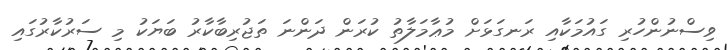
ވިސްނުންހުރި ގައުމަކާއި ރަނގަޅަށް މުޢާމަލާތު ކުރަން ދަންނަ ތަޖުރިބާކާރު ބަޔަކު މި ސަރުކާރުގައި